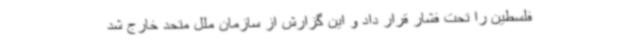
فلسطین را تحت فشار قرار داد و این گزارش از سازمان ملل متحد خارج شد